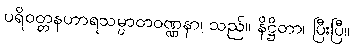
ပရိဝတ္တနဟာရသမ္ပာတဝဏ္ဏနာ၊ သည်။ နိဋ္ဌိတာ၊ ပြီးပြီ။